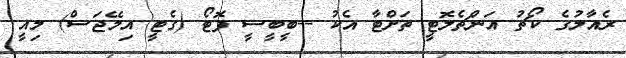
ރެއާލުގެ ކޯޗު އަންޗެލޮޓީ ތަށްޓާ އެކު --ބީބީސީ ފޮޓޯ (ގެޓީ އިމޭޖަސް) މިއީ